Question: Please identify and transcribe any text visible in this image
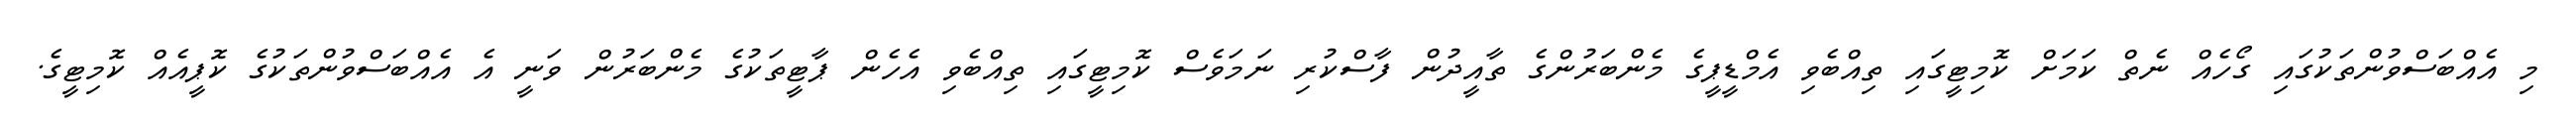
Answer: މި އެއްބަސްވުންތަކުގައި ގޯހެއް ނެތް ކަމަށް ކޮމިޓީގައި ތިއްބެވި އެމްޑީޕީގެ މެންބަރުންގެ ތާއީދުން ފާސްކުރި ނަމަވެސް ކޮމިޓީގައި ތިއްބެވި އެހެން ޕާޓީތަކުގެ މެންބަރުން ވަނީ އެ އެއްބަސްވުންތަކުގެ ކޮޕީއެއް ކޮމިޓީގެ.